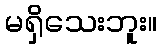
မရှိသေးဘူး။